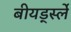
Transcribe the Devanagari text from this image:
बीयर्ड्स्ले